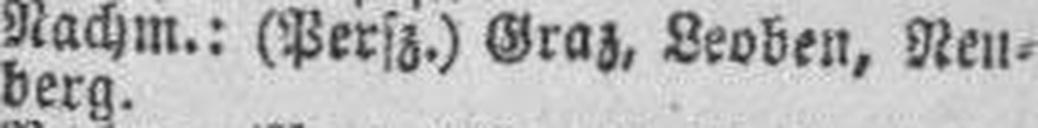
4.30 Nachm.: (Persz.) Graz, Leoben, Neu¬